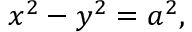
x ^ { 2 } - y ^ { 2 } = a ^ { 2 } ,